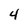
Character: 4